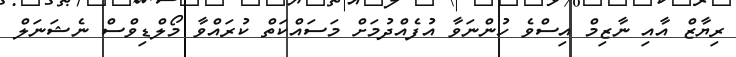
ރިޔާޒް އާއި ނާޒިމް އިސްވެ ހުންނަވާ އުފެއްދުމަށް މަސައްކަތް ކުރައްވާ މޯލްޑިވްސް ނެޝަނަލް